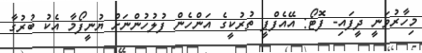
މިހާރުވަނީ ދީފައި- ފޮޓޯ: އޭއެފްޕީ ތުރުކީގެ އަންހެން ފުލުހުންނަށް ޔުނީފޯމާ އެކު ބުރުގާ